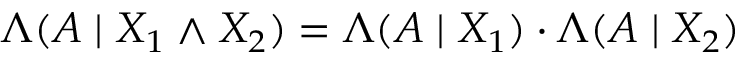
\Lambda ( A \mid X _ { 1 } \land X _ { 2 } ) = \Lambda ( A \mid X _ { 1 } ) \cdot \Lambda ( A \mid X _ { 2 } )